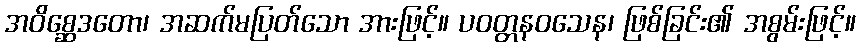
အဝိစ္ဆေဒတော၊ အဆက်မပြတ်သော အားဖြင့်။ ပဝတ္တနဝသေန၊ ဖြစ်ခြင်း၏ အစွမ်းဖြင့်။